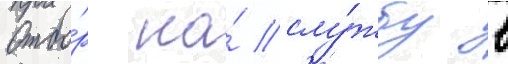
Отбо́р на́ слу́жбу в